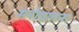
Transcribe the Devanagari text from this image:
मनोयातना